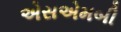
એસએમબી